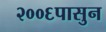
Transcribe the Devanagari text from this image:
२००६पासुन